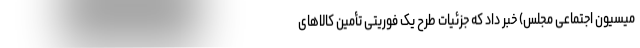
میسیون اجتماعی مجلس) خبر داد که جزئیات طرح یک فوریتی تأمین کالاهای